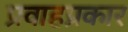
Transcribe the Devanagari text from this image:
प्रवाहप्रकार